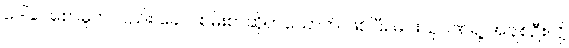
ဒေါ်ခင်စောမူကလည်း ခေတ်စမ်းစာဆိုတယောက် ဖြစ်ပြီး မင်းသုဝဏ်ရဲ့ အချစ်ဦးလို့